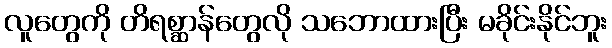
လူတွေကို တိရစ္ဆာန်တွေလို သဘောထားပြီး မခိုင်းနိုင်ဘူး